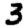
Digit: 3